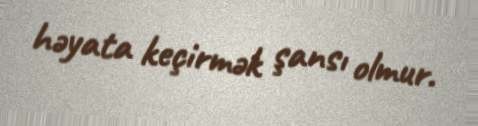
həyata keçirmək şansı olmur.